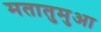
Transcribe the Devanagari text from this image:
मतातुमुआ